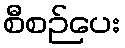
စီစဉ်ပေး